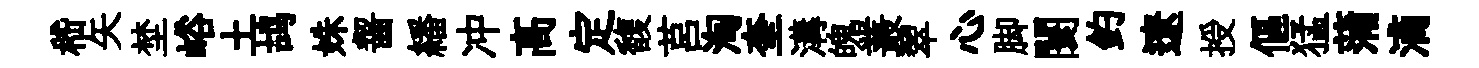
嵇矢埜峪土鸪姝齧繙冲髙定馥莒淘奎溝魄叢翠心脚闤釣遼授傴猛蒲滴